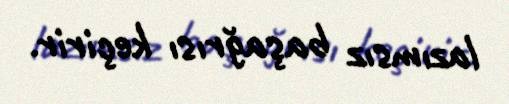
lazımsız başağrısı keçirir.